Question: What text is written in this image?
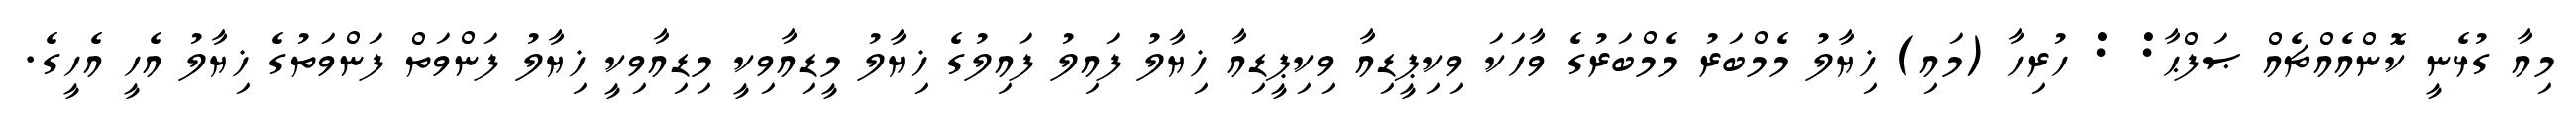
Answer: މިއާ ގުޅެނީ ކޮންއެއްޗެއް ޞަފްޙާ: : ހުރިހާ (މައި) ޚިޔާލު މެމްބަރު މެމްބަރުގެ ވާހަކަ ވިކިޕީޑިއާ ވިކިޕީޑިއާ ޚިޔާލު ފައިލު ފައިލުގެ ޚިޔާލު މީޑިއާވިކީ މިޑިއާވިކީ ޚިޔާލު ފަންވަތް ފަންވަތުގެ ޚިޔާލު އެހީ އެހީގެ.